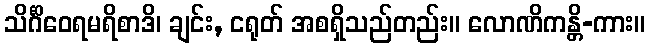
သိင်္ဂိဝေရမရိစာဒိ၊ ချင်း, ငရုတ် အစရှိသည်တည်း။ လောဏိကန္တိ-ကား။